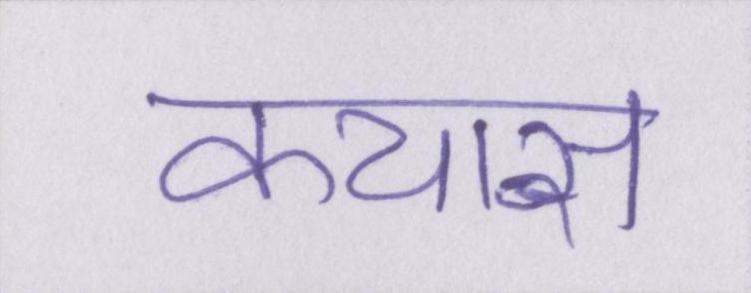
कयास